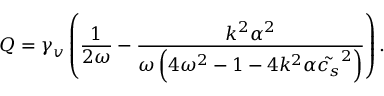
Q = \gamma _ { v } \left( \frac { 1 } { 2 \omega } - \frac { k ^ { 2 } \alpha ^ { 2 } } { \omega \left( 4 \omega ^ { 2 } - 1 - 4 k ^ { 2 } \alpha \tilde { c _ { s } } ^ { 2 } \right) } \right) .